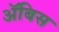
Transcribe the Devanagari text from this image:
ॲबिस